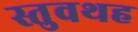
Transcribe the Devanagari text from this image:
स्तुवथह